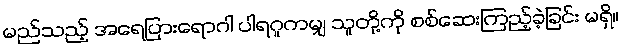
မည်သည့် အရေပြားရောဂါ ပါရဂူကမျှ သူတို့ကို စစ်ဆေးကြည့်ခဲ့ခြင်း မရှိ။